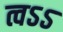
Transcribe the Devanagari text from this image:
त्वऽऽ